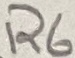
Text: R6